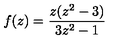
f ( z ) = \frac { z ( z ^ { 2 } - 3 ) } { 3 z ^ { 2 } - 1 }